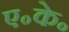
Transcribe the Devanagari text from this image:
ए॰के॰